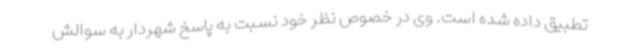
تطبیق داده شده است. وی در خصوص نظر خود نسبت به پاسخ شهردار به سوالش